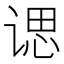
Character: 𫍰